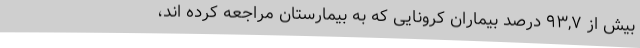
بیش از ۹۳,۷ درصد بیماران کرونایی که به بیمارستان مراجعه کرده اند،